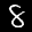
Label: 8